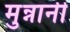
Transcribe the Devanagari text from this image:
मुन्नानी